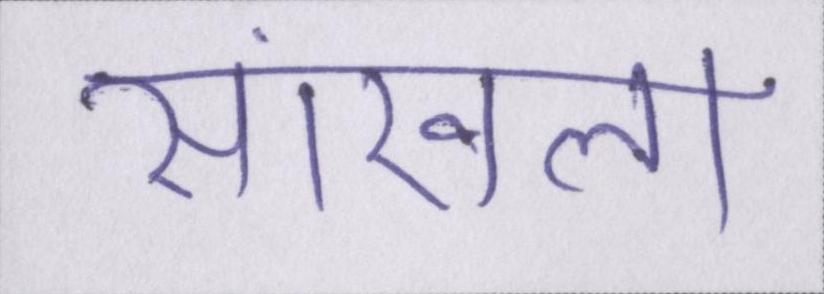
सांखला